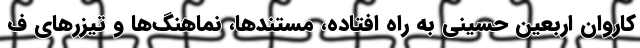
کاروان اربعین حسینی به راه افتاده، مستندها، نماهنگ‌ها و تیزرهای ف